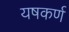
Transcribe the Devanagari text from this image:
यषकर्ण